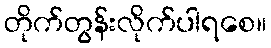
တိုက်တွန်းလိုက်ပါရစေ။